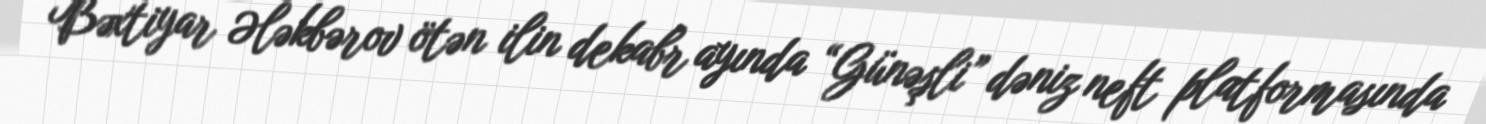
Bəxtiyar Ələkbərov ötən ilin dekabr ayında “Günəşli” dəniz neft platformasında